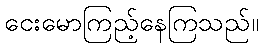
ငေးမောကြည့်နေကြသည်။